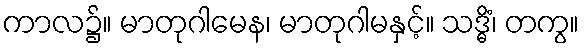
ကာလ၌။ မာတုဂါမေန၊ မာတုဂါမနှင့်။ သဒ္ဓိံ၊ တကွ။